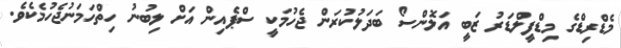
މެޑްރިޑްގެ މިޑްފީލްޑަރު ޒަބީ އަލޮންސޯ ބަދަލުކުރަން ޖެހުމަކީ ސްޕެއިން އަށް ލިބުނު ހިތްހަމަނުޖެހުމެކެވެ.